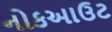
નોકઆઉટ